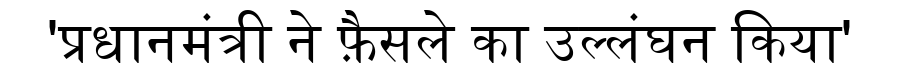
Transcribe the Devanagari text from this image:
'प्रधानमंत्री ने फ़ैसले का उल्लंघन किया'